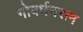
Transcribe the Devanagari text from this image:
गोबर्धनराम